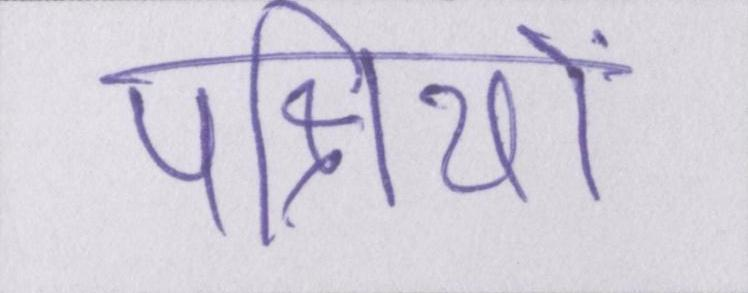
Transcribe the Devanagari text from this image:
पक्षियों